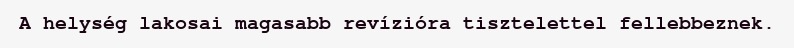
A helység lakosai magasabb revízióra tisztelettel fellebbeznek.